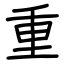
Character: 重